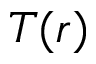
T ( r )